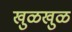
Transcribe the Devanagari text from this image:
खुळखुळ